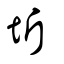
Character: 圻